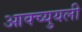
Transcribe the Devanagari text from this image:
आक्च्युयली